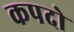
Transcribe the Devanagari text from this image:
कपदो